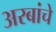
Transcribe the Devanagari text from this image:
अरबांचे